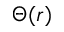
\Theta ( r )